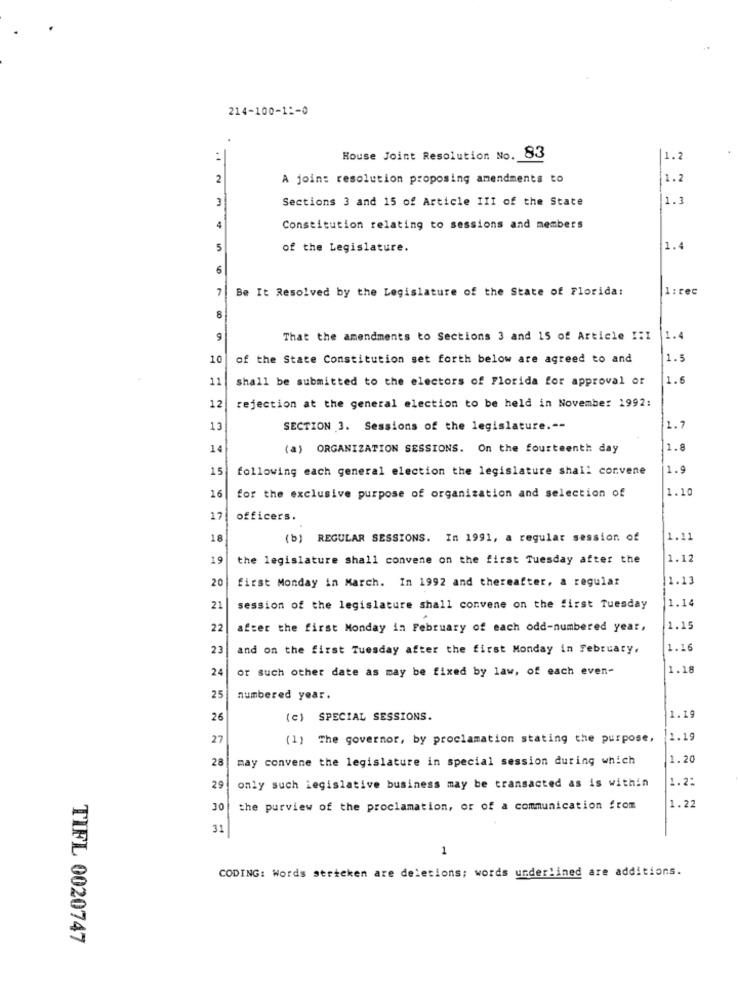
214-100-1 :- 0
:
House Joint Resolution No. 83
1.
2
A join: resolution proposing amendments to
1.2
3
Sections 3 and 15 of Article III of the State
1.3
4
Constitution relating to sessions and members
5
of the Legislature.
1.4
6
7
Be It Resolved by the Legislature of the State of Florida:
1: rec
8
9
That the amendments to Sections 3 and 15 of Article I:I
1.4
10
of the State Constitution set forth below are agreed to and
1.5
11
shall be submitted to the electors of Florida for approval of
1.6
12
rejection at the general election to be held in November 1992:
13
SECTION 3. Sessions of the legislature .--
1.7
14
(a) ORGANIZATION SESSIONS. On the fourteenth day
1.8
15
following each general election the legislature shall corvene
1.9
1.10
16
for the exclusive purpose of organization and selection of
17
officers.
18
(b) REGULAR SESSIONS. In 1991, a regular session of
1.11
19
the legislature shall convene on the first Tuesday after the
1.12
20
first Monday in March. In 1992 and thereafter, a regular
1.13
1.14
21
session of the legislature shall convene on the first Tuesday
22
after the first Monday in February of each odd-numbered year,
1.15
23
and on the first Tuesday after the first Monday in February,
1.16
24
or such other date as may be fixed by law, of each even-
1.18
25
numbered year.
26
(c) SPECIAL SESSIONS.
1.19
27
(1) The governor, by proclamation stating the purpose,
12.19
28
may convene the legislature in special session during which
1.20
1.2:
29
only such legislative business may be transacted as is within
30
the purview of the proclamation, or of a communication from
1.22
31
1
CODING: Words stricken are deletions; words underlined are additions.
TIFL 0020747